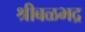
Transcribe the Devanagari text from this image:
श्रीबळभद्र